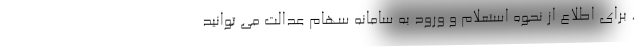
. برای اطلاع از نحوه استعلام و ورود به سامانه سهام عدالت می توانید